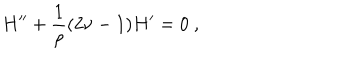
H ^ { \prime \prime } + { \frac { 1 } { \rho } } ( 2 \nu - 1 ) H ^ { \prime } = 0 ~ ,